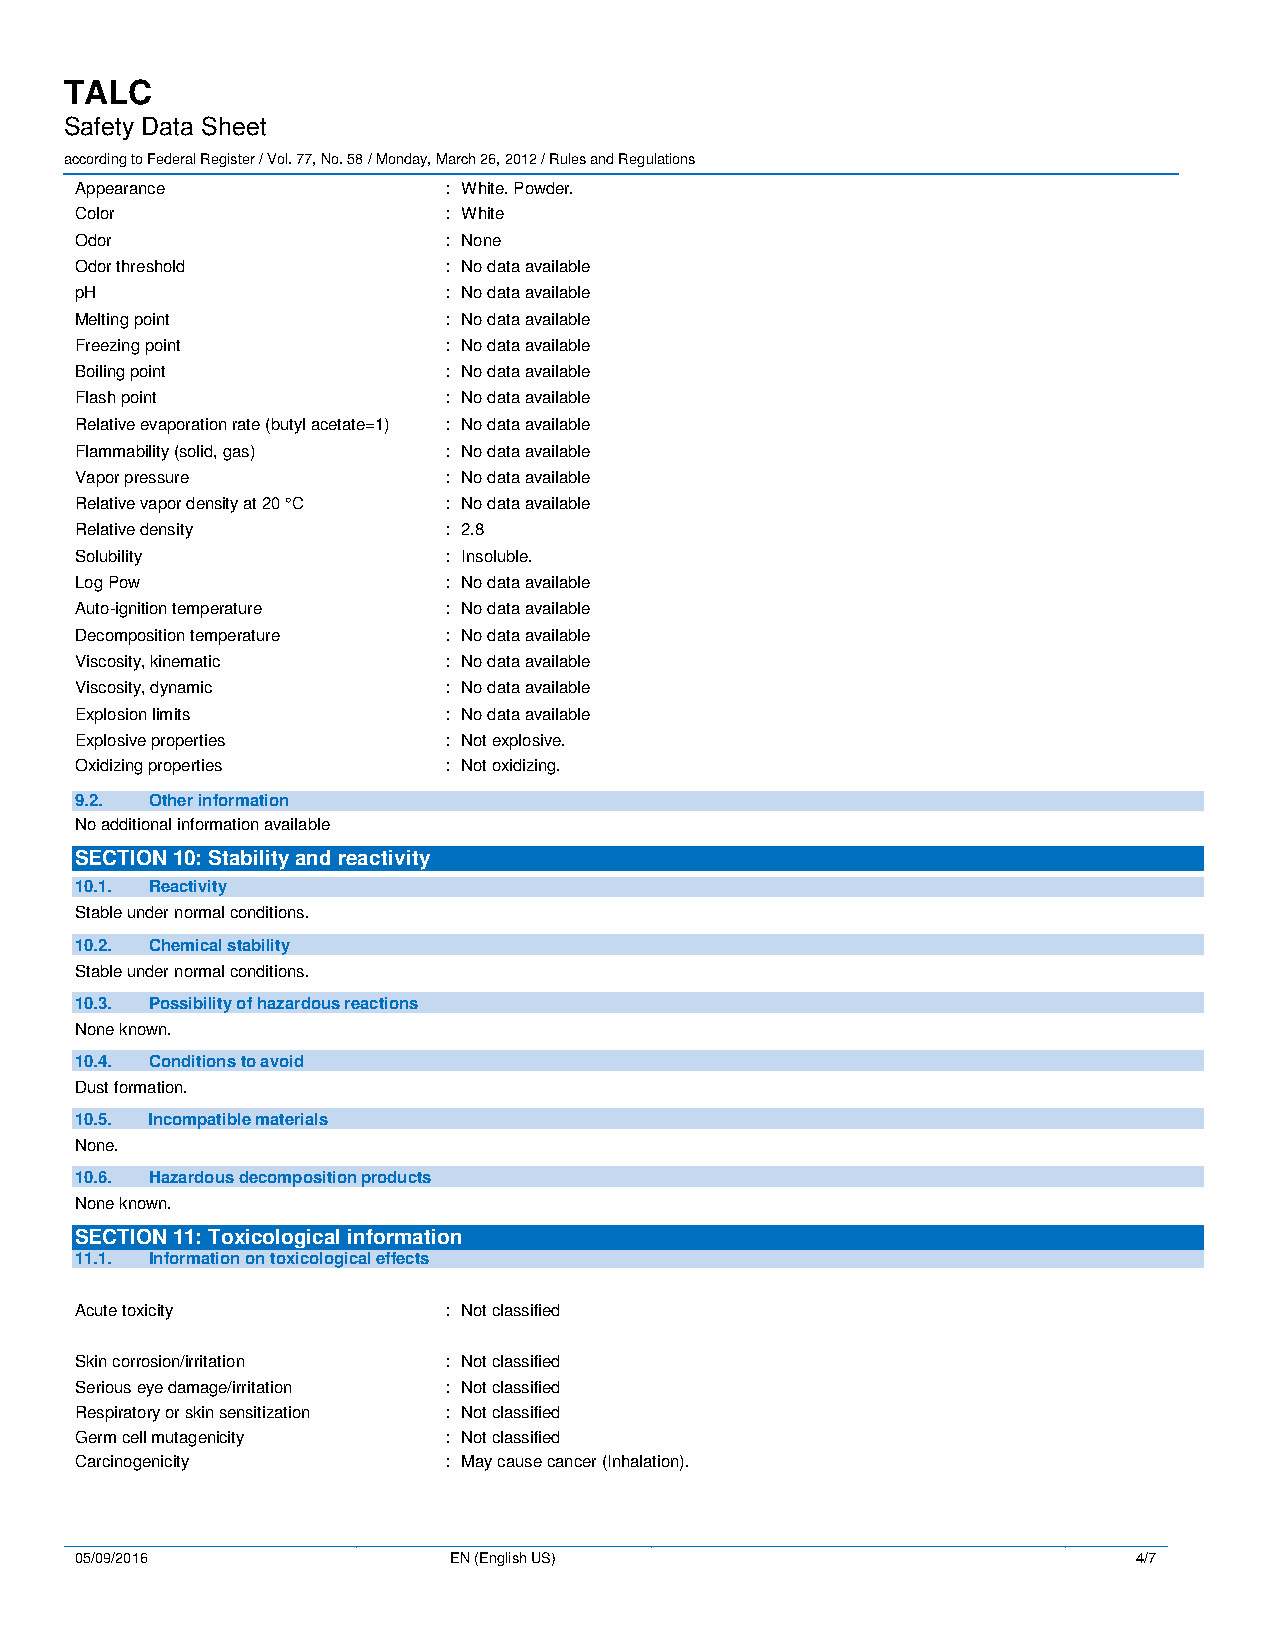
TALC
 Safety Data Sheet
 according to Federal Register / Vol. 77, No. 58 / Monday, March 26, 2012 / Rules and Regulations
 Appearance              : White. Powder.
 Color                   : White
 Odor                    : None
 Odor threshold          : No data available
 pH                      : No data available
 Melting point           : No data available
 Freezing point          : No data available
 Boiling point           : No data available
 Flash point             : No data available
 Relative evaporation rate (butyl acetate=1) : No data available
 Flammability (solid, gas) : No data available
 Vapor pressure          : No data available
 Relative vapor density at 20 °C : No data available
 Relative density        : 2.8
 Solubility              : Insoluble.
 Log Pow                 : No data available
 Auto-ignition temperature : No data available
 Decomposition temperature : No data available
 Viscosity, kinematic    : No data available
 Viscosity, dynamic      : No data available
 Explosion limits        : No data available
 Explosive properties    : Not explosive.
 Oxidizing properties    : Not oxidizing.
 9.2. Other information
 No additional information available
 SECTION 10: Stability and reactivity
 10.1. Reactivity
 Stable under normal conditions.
 10.2. Chemical stability
 Stable under normal conditions.
 10.3. Possibility of hazardous reactions
 None known.
 10.4. Conditions to avoid
 Dust formation.
 10.5. Incompatible materials
 None.
 10.6. Hazardous decomposition products
 None known.
 SECTION 11: Toxicological information
 11.1. Information on toxicological effects
 Acute toxicity          : Not classified
 Skin corrosion/irritation : Not classified
 Serious eye damage/irritation : Not classified
 Respiratory or skin sensitization : Not classified
 Germ cell mutagenicity  : Not classified
 Carcinogenicity         : May cause cancer (Inhalation).
 05/09/2016               EN (English US)                              4/7